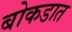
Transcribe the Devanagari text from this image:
बोकडात